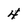
Character: 4